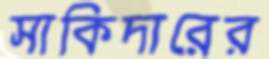
সাকিদারের